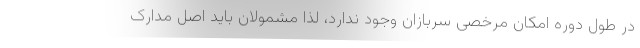
در طول دوره امکان مرخصی سربازان وجود ندارد، لذا مشمولان باید اصل مدارک